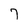
Character: 7